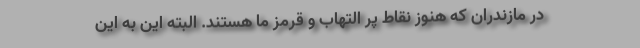
در مازندران که هنوز نقاط پر التهاب و قرمز ما هستند. البته این به این